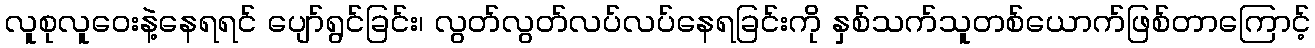
လူစုလူဝေးနဲ့နေရရင် ပျော်ရွင်ခြင်း၊ လွတ်လွတ်လပ်လပ်နေရခြင်းကို နှစ်သက်သူတစ်ယောက်ဖြစ်တာကြောင့်